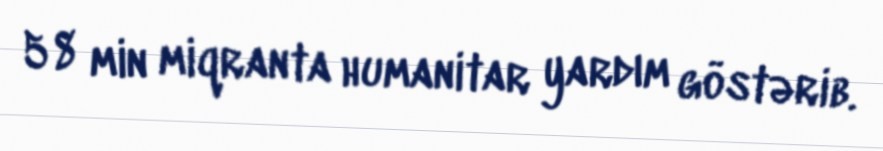
58 min miqranta humanitar yardım göstərib.